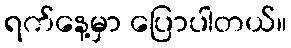
ရက်နေ့မှာ ပြောပါတယ်။